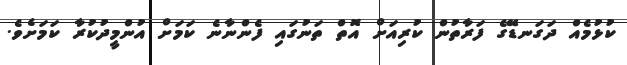
ކުޅުމެއް ދަގަނޑޭގެ ފަރާތުން ކުރިއަށް އޮތް ތަނުގައި ފެންނާނެ ކަމަށް އުންމީދުކުރާ ކަމަށެވެ.